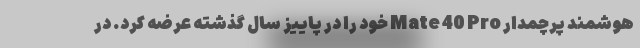
هوشمند پرچمدار Mate 40 Pro خود را در پاییز سال گذشته عرضه کرد. در